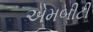
એમબીટી